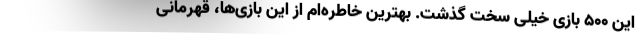
این 500 بازی خیلی سخت گذشت. بهترین خاطره‌ام از این بازی‌ها، قهرمانی